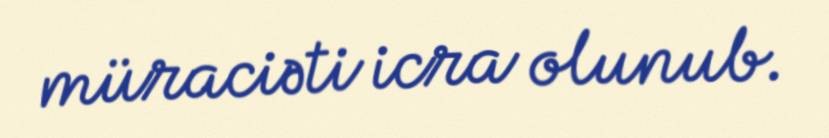
müraciəti icra olunub.